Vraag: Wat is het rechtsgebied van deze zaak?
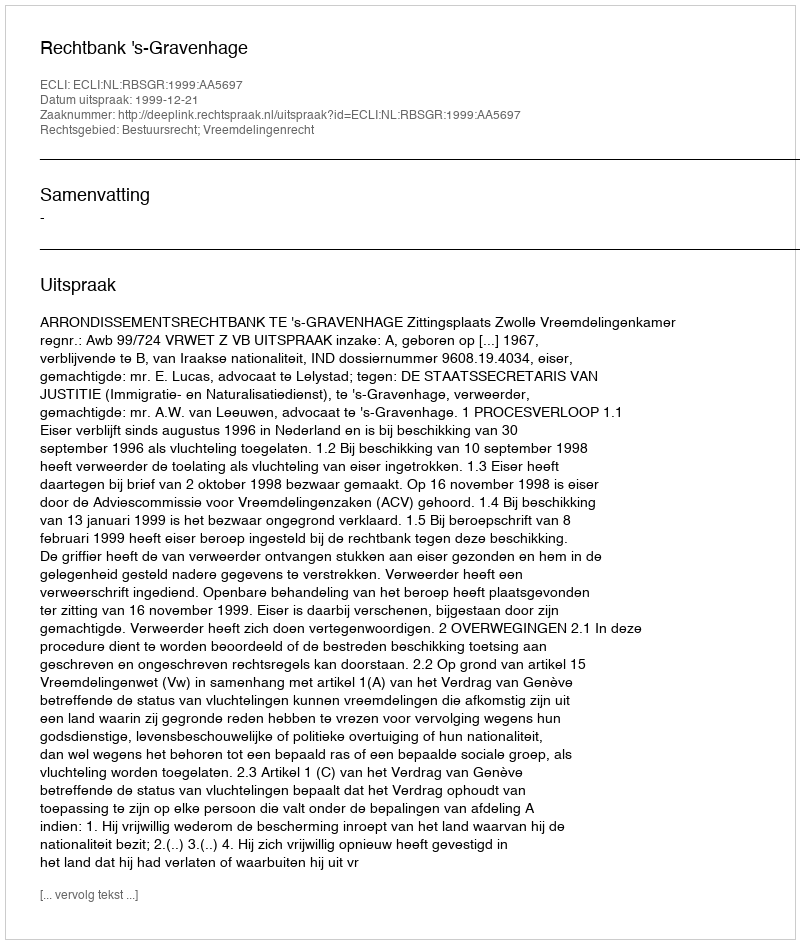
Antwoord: Bestuursrecht; Vreemdelingenrecht